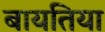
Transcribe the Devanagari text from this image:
बायतिया